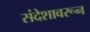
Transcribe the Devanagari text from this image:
संदेशावरून